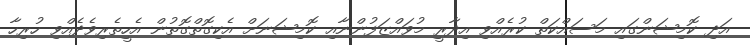
އަދި ކޮމިޝަންގައި މަސައްކަތް ކުރެއްވި އިދާރީ މުވައްޒަފުންނާއި ކޮމިޝަނަށް އެކިގޮތްގޮތުން އެހީތެރިވެދެއްވި ހުރިހާ